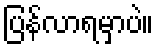
ပြန်လာရမှာပဲ။